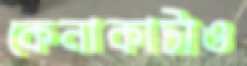
কেনাকাটাও